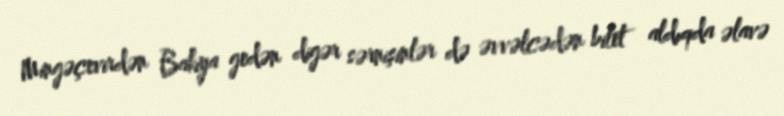
Mingəçevirdən Bakıya gedən digər sərnişinlər də əvvəlcədən bilet aldıqda əlavə